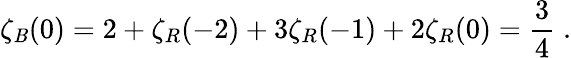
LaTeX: \zeta_{\cal\mathit{B}}(0)=2+\zeta_{R}(-2)+3\zeta_{R}(-1)+2\zeta_{R}(0)={\frac{{3}}{{4}}}\; .